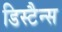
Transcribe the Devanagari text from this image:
डिस्टैन्स